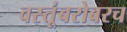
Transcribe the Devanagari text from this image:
वस्तूंबरोबरच